Civil Veterinary Department. Central Provinces & Berar 1932-41 - 1932-1941
Year: 1932
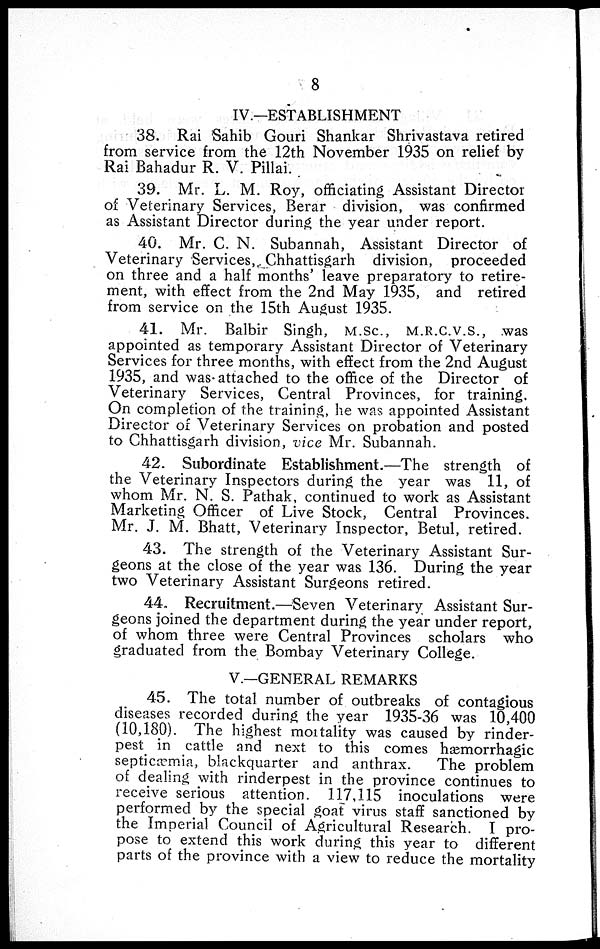
8
IV.—ESTABLISHMENT
38. Rai Sahib Gouri Shankar Shrivastava retired
from service from the 12th November 1935 on relief by
Rai Bahadur R. V. Pillai.
39. Mr. L. M. Roy, officiating Assistant Director
of Veterinary Services, Berar division, was confirmed
as Assistant Director during the year under report.
40. Mr. C. N. Subannah, Assistant Director of
Veterinary Services, Chhattisgarh division, proceeded
on three and a half months' leave preparatory to retire-
ment, with effect from the 2nd May 1935, and retired
from service on the 15th August 1935.
41. Mr. Balbir Singh, M.Sc., M.R.C.V.S., was
appointed as temporary Assistant Director of Veterinary
Services for three months, with effect from the 2nd August
1935, and was-attached to the office of the Director of
Veterinary Services, Central Provinces, for training.
On completion of the training, he was appointed Assistant
Director of Veterinary Services on probation and posted
to Chhattisgarh division, vice Mr. Subannah.
42. Subordinate Establishment.—The strength of
the Veterinary Inspectors during the year was 11, of
whom Mr. N. S. Pathak, continued to work as Assistant
Marketing Officer of Live Stock, Central Provinces.
Mr. J. M. Bhatt, Veterinary Inspector, Betul, retired.
43. The strength of the Veterinary Assistant Sur-
geons at the close of the year was 136. During the year
two Veterinary Assistant Surgeons retired.
44. Recruitment.—Seven Veterinary Assistant Sur-
geons joined the department during the year under report,
of whom three were Central Provinces scholars who
graduated from the Bombay Veterinary College.
V.—GENERAL REMARKS
45. The total number of outbreaks of contagious
diseases recorded during the year 1935-36 was 10,400
(10,180). The highest mortality was caused by rinder-
pest in cattle and next to this comes hæmorrhagic
septicæmia, blackquarter and anthrax.
The problem
of dealing with rinderpest in the province continues to
receive serious attention. 117,115 inoculations were
performed by the special goat virus staff sanctioned by
the Imperial Council of Agricultural Research. I pro-
pose to extend this work during this year to different
parts of the province with a view to reduce the mortality